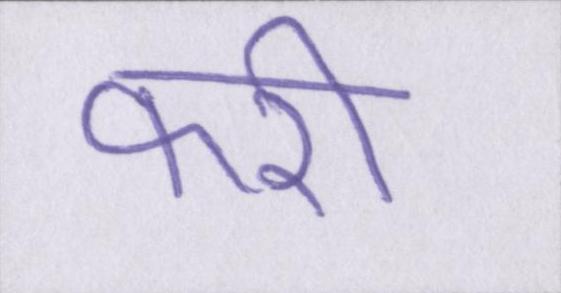
फरी